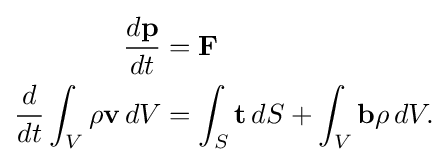
{\begin{aligned}{\frac {d\mathbf {p} }{dt}}&=\mathbf {F} \\{\frac {d}{dt}}\int _{V}\rho \mathbf {v} \,dV&=\int _{S}\mathbf {t} \,dS+\int _{V}\mathbf {b} \rho \,dV.\end{aligned}}